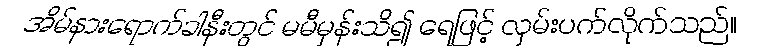
အိမ်နားရောက်ခါနီးတွင် မမီမှန်းသိ၍ ရေဖြင့် လှမ်းပက်လိုက်သည်။